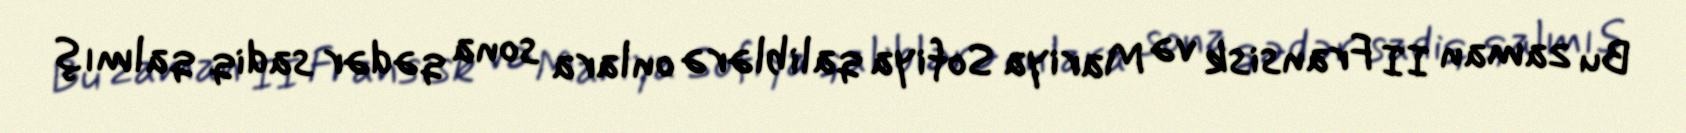
Bu zaman II Fransisk və Mariya Sofiya qaliblərə onlara sona qədər sadiq qalmış